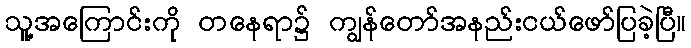
သူ့အကြောင်းကို တနေရာ၌ ကျွန်တော်အနည်းငယ်ဖော်ပြခဲ့ပြီ။